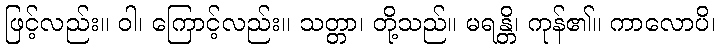
ဖြင့်လည်း။ ဝါ၊ ကြောင့်လည်း။ သတ္တာ၊ တို့သည်။ မရန္တိ၊ ကုန်၏။ ကာလောပိ၊